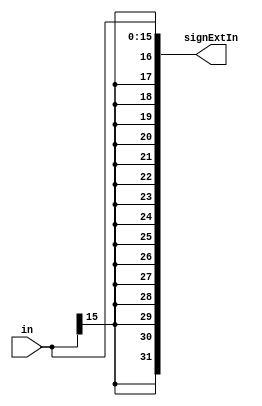
/*###################################################################################
Note: Please dont upload the assignments, template file/solution and lab. manual on GitHub or others public repository. 
It violates the BITSs Intellectual Property Rights (IPR).
************************************************************************************/
module signExt16to32(input [15:0] in, output reg [31:0] signExtIn);
    //Write Your Code Here
	  always@(in)
    begin
        signExtIn={{16{in[15]}},in};
    end
endmodule